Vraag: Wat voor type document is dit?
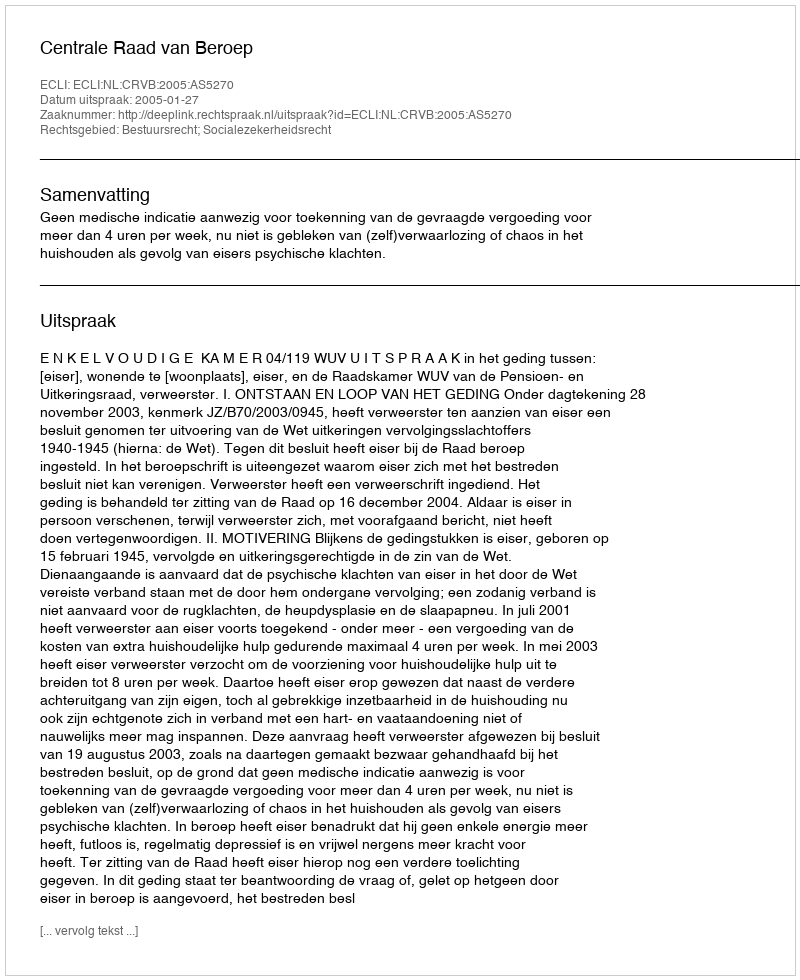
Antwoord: Uitspraak